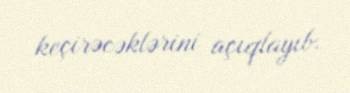
keçirəcəklərini açıqlayıb.